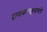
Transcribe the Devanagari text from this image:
दामाकल्पश्चलापांगो